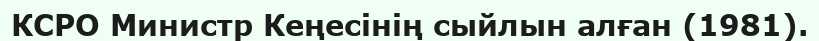
КСРО Министр Кеңесінің сыйлын алған (1981).